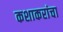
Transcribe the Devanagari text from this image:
कशाकरांचा